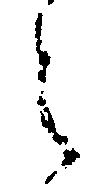
々